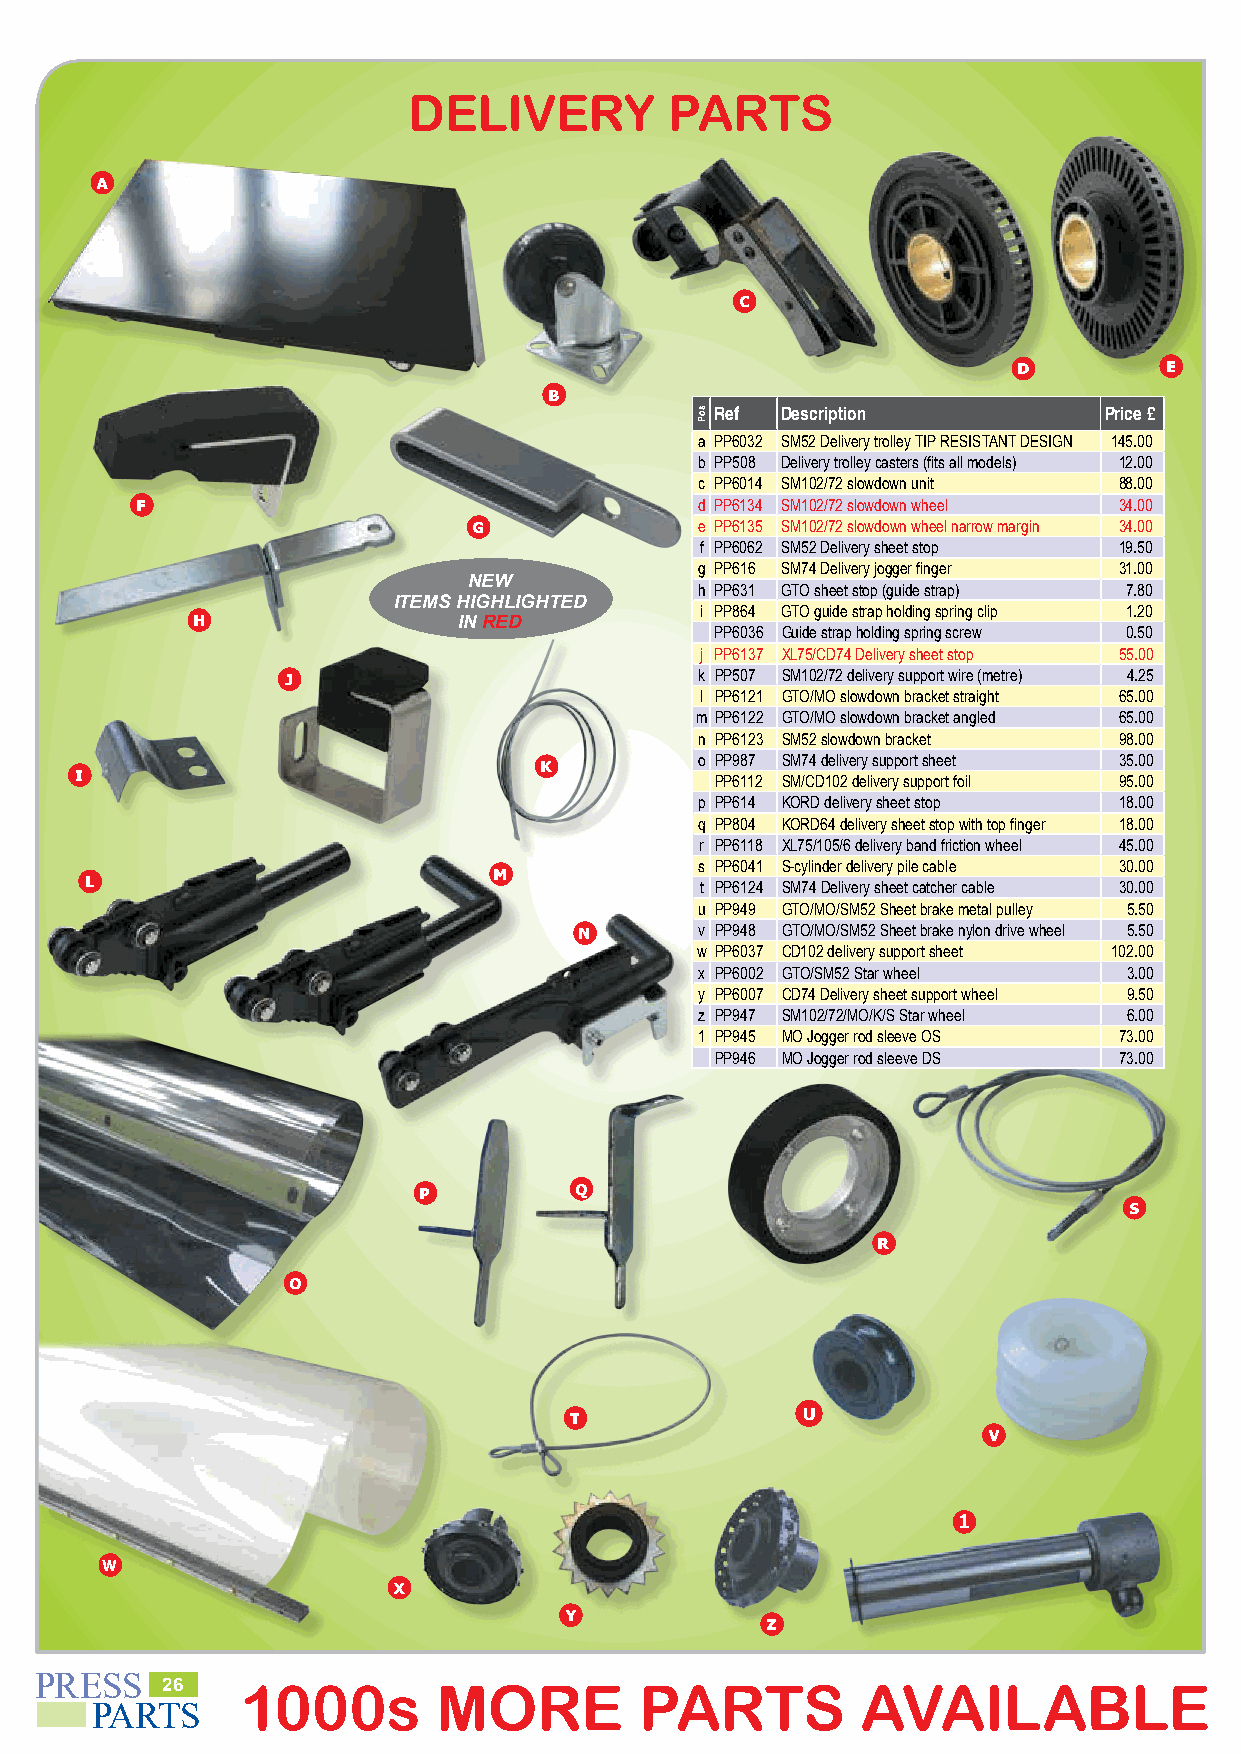
DELIVERY         PARTS
 a
 c
 d         e
 b
 Ref  Description          Price £
 a PP6032 SM52 Delivery trolley TIP RESISTANT DESIGN 145.00
 b PP508 Delivery trolley casters (fits all models) 12.00
 c PP6014 SM102/72 slowdown unit 88.00
 f                                    d PP6134 SM102/72 slowdown wheel 34.00
 g              e PP6135 SM102/72 slowdown wheel narrow margin 34.00
 f PP6062 SM52 Delivery sheet stop 19.50
 g PP616 SM74 Delivery jogger finger 31.00
 NEW
 h PP631 GTO sheet stop (guide strap) 7.80
 ITEMS HIGHLIGHTED                        j
 h                IN RED          i PP864 GTO guide strap holding spring clip 1.20
 PP6036 Guide strap holding spring screw 0.50
 j PP6137 XL75/CD74 Delivery sheet stop 55.00
 j                          k PP507 SM102/72 delivery support wire (metre) 4.25
 l PP6121 GTO/MO slowdown bracket straight 65.00
 m PP6122 GTO/MO slowdown bracket angled 65.00
 n PP6123 SM52 slowdown bracket m 98.00
 k         o PP987 SM74 delivery support sheet 35.00
 i
 PP6112 lSM/CD102 delivery support foil 95.00
 p PP614 KORD delivery sheet stop 18.00
 q PP804 KORD64 delivery sheet stop with top finger 18.00
 r PP6118 XL75/105/6 delivery band friction wheel 45.00
 m            s PP6041 S-cylinder delivery pile cable 30.00
 l
 t PP6124 SM74 Delivery sheet catcher cable 30.00
 u PP949 GTO/MO/SM52 Sheet brake metal pulley 5.50
 n       v PP948 GTO/MO/SM52 Sheet brake nylon drive wheel 5.50
 w PP6037 CD102 delivery support sheet 102.00
 x PP6002 GTO/SM52 Star wheel 3.00
 y PP6007 CD74 Delivery sheet support wheel 9.50
 z PP947 SM102/72/MO/K/S Star wheel 6.00
 1 PP945 MO Jogger rod sleeve OS 73.00
 PP946 MO Jogger rod sleeve DS 73.00
 p         q
 s
 r
 o
 t              u
 v
 1
 w
 x
 y
 z
 PRESS
 26   1000s        MORE         PARTS          AVAILABLE                   PLEASE           PHONE           020     8502       3059
 PARTS
 soP